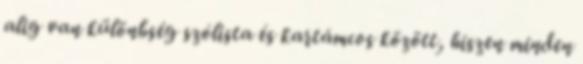
alig van különbség szólista és kartámcos között, hiszen minden